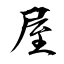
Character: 屋